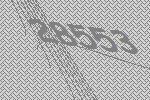
28553